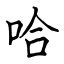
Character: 哈